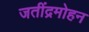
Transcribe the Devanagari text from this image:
जतींद्रमोहन